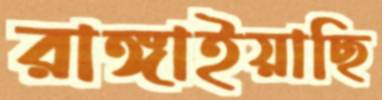
রাঙ্গাইয়াছি